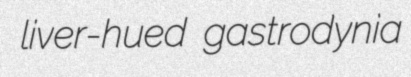
liver-hued gastrodynia